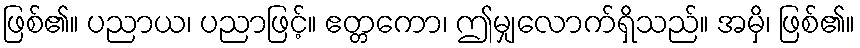
ဖြစ်၏။ ပညာယ၊ ပညာဖြင့်။ ဧတ္တကော၊ ဤမျှလောက်ရှိသည်။ အမှိ၊ ဖြစ်၏။